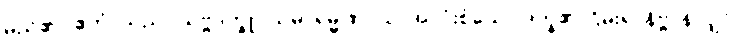
မည်၏။ ဧတံ၊ သည်။ သဗ္ဗဒုက္ခူပသမာရမ္မဏာယ၊ အလုံးစုံသော ဒုက္ခ၏ ငြိမ်းရာနိဗ္ဗာန်လျှင်